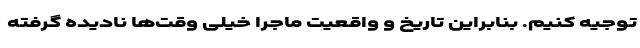
توجیه کنیم. بنابراین تاریخ و واقعیت ماجرا خیلی وقت‌ها نادیده گرفته